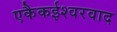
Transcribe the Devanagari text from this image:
एकैकईश्‍वरवाद